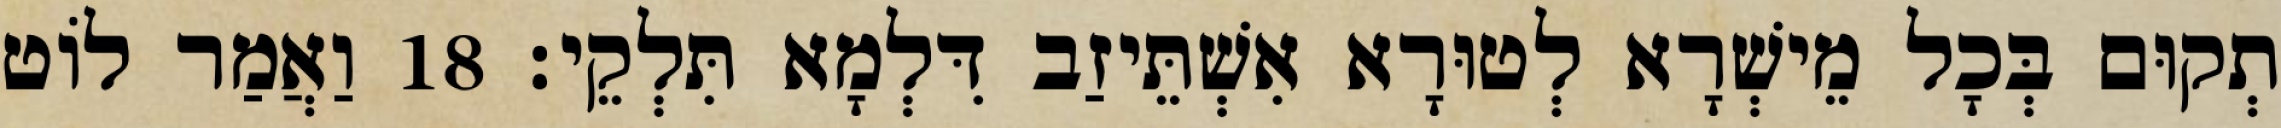
תְקוּם בְּכָל מֵישְׁרָא לְטוּרָא אִשְׁתֵּיזַב דִּלְמָא תִּלְקֵי׃ 18 וַאֲמַר לוֹט